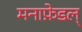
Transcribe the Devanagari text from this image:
मनाफ़ेडल्